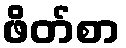
ဖိတ်စာ